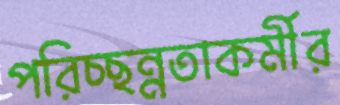
পরিচ্ছন্নতাকর্মীর